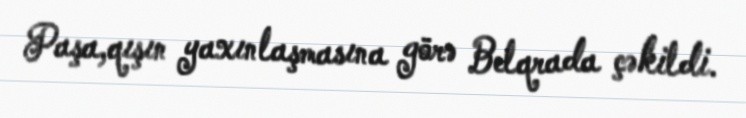
Paşa,qışın yaxınlaşmasına görə Belqrada çəkildi.